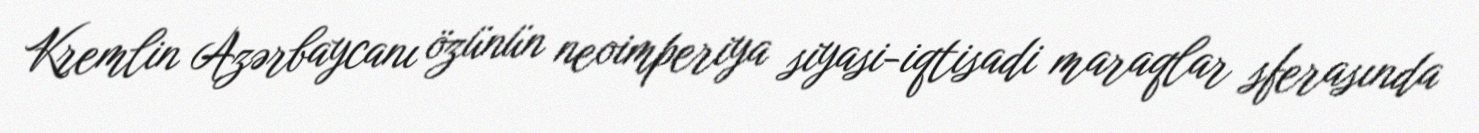
Kremlin Azərbaycanı özünün neoimperiya siyasi-iqtisadi maraqlar sferasında